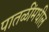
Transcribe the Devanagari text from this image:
पातळींमधील